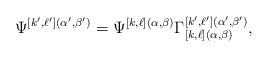
LaTeX: \begin{gather*} \Psi^{[k^{\prime},\ell^{\prime}](\alpha^{\prime},\beta^{\prime})}=\Psi^{[k,\ell](\alpha,\beta)} \Gamma^{[k^{\prime},\ell^{\prime}](\alpha^{\prime},\beta^{\prime})}_{[k,\ell](\alpha,\beta)},\end{gather*}